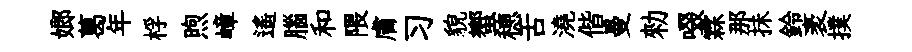
嫏葛年桴煦嶂遥腦和隈膚习貌蠁穂舌澆偕曼勑啜霖那抺鈴袤撲